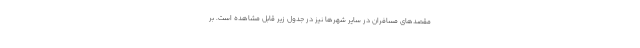
مقصدهای مسافران در سایر شهرها نیز در جدول زیر قابل مشاهده است. بر